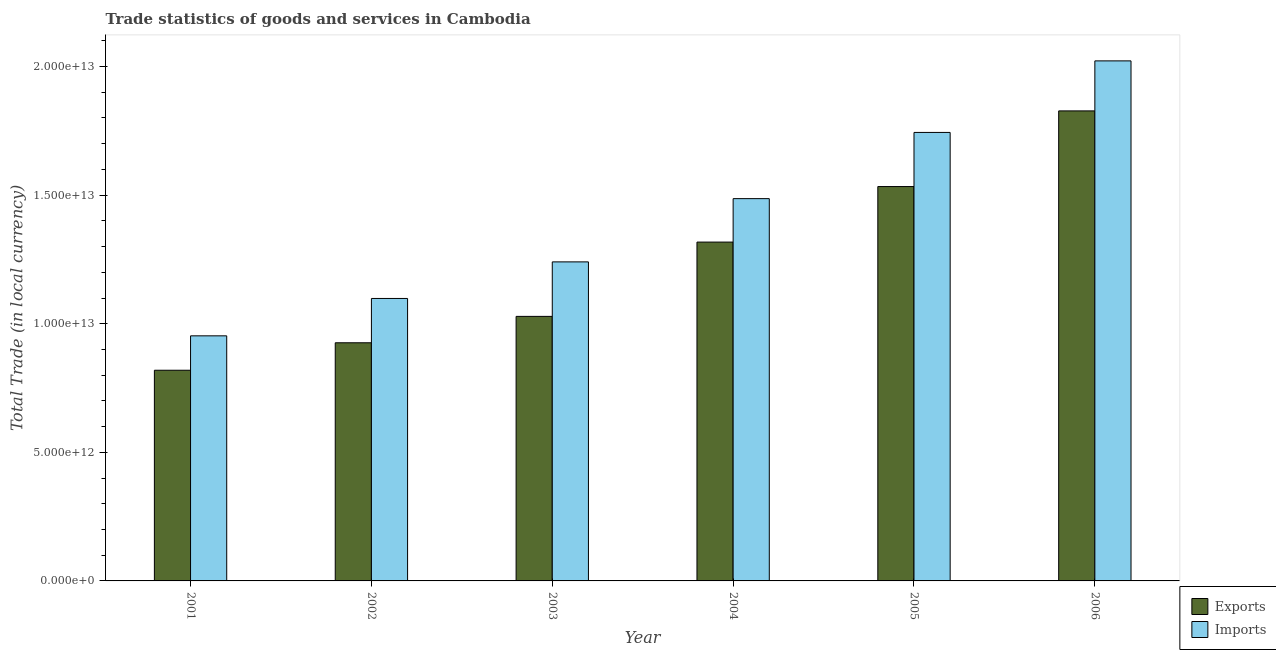
| Year | Exports | Imports |
 | --- | --- | --- |
 | 2001 | 8.19e+12 | 9.53e+12 |
 | 2002 | 9.26e+12 | 1.1e+13 |
 | 2003 | 1.03e+13 | 1.24e+13 |
 | 2004 | 1.32e+13 | 1.49e+13 |
 | 2005 | 1.53e+13 | 1.74e+13 |
 | 2006 | 1.83e+13 | 2.02e+13 |